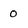
Character: 0